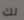
لك